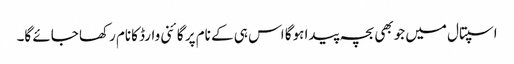
اسپتال میں جوبھی بچہ پیدا ہوگا اس ہی کے نام پر گائنی وارڈ کانام رکھا جائے گا۔